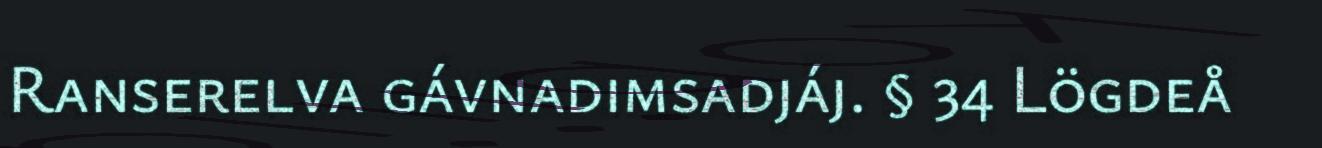
Ranserelva gávnadimsadjáj. § 34 Lögdeå